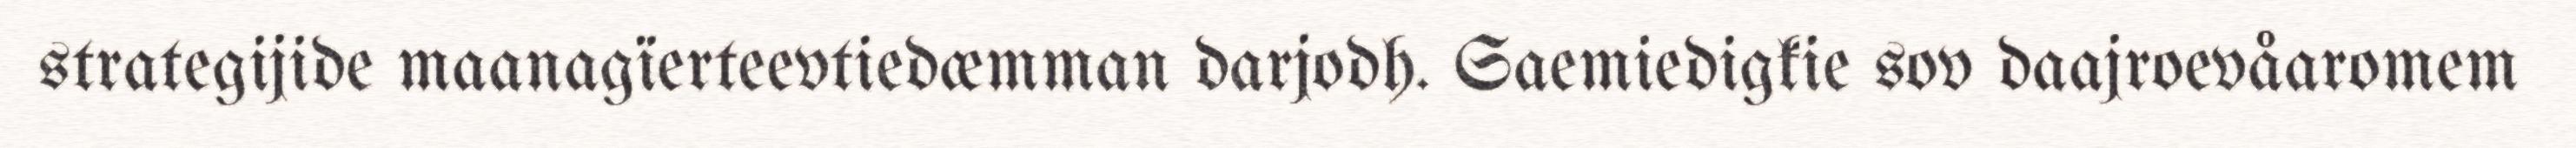
strategijide maanagïerteevtiedæmman darjodh. Saemiedigkie sov daajroevåaromem